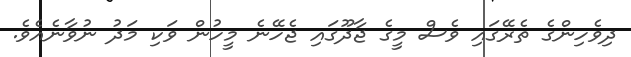
ދިވެހިންގެ ތެރޭގައި ވެސް މީގެ ޖާދޫގައި ޖެހޭނެ މީހުން ވަކި މަދު ނުވާނެއެވެ.